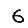
Digit: 6